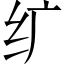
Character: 纩